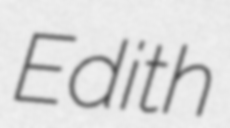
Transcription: Edith